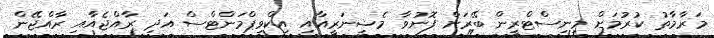
މަރާމާތު ކުރުމަށް މިނިސްޓްރީން ބޭރަށް ފޮނުވާ މެޝިނަރީއާއި އިކްވިޕްމަންޓްސް އަދި ރާއްޖެއާއި ރާއްޖޭން